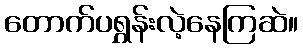
တောက်ပရွှန်းလဲ့နေကြဆဲ။